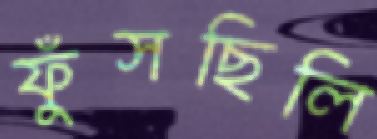
ফুঁসছিলি